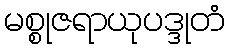
မစ္စုဇရာယုပဒ္ဒုတံ